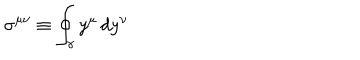
\sigma ^ { \mu \nu } \equiv \oint _ { \gamma } y ^ { \mu } \, d y ^ { \nu }